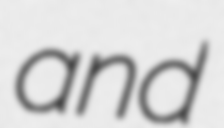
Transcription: and